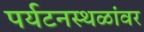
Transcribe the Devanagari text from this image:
पर्यटनस्थळांवर